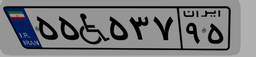
۵۵W۵۳۷۹۵